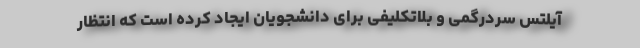
آیلتس سردرگمی و بلاتکلیفی برای دانشجویان ایجاد کرده است که انتظار